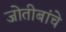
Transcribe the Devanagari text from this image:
जोतीबांचे